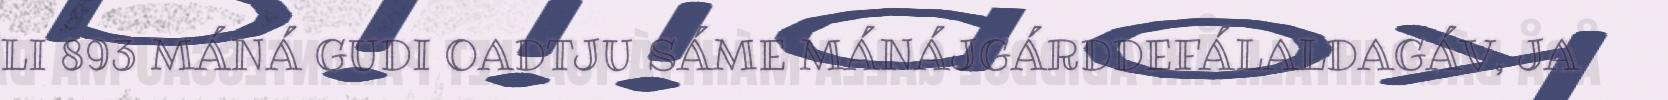
LI 893 MÁNÁ GUDI OADTJU SÁME MÁNÁJGÁRDDEFÁLALDAGÁV, JA